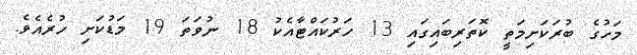
މަހުގެ ބުރަކަށިމަތީ ކޮތަރިބައިގައި 13 ހަރުކައްޓާއެކު 18 ނުވަތަ 19 މަޑުކަށި ހުރެއެވެ.